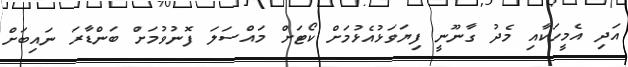
އަދި އެމީހަކާއި މެދު ގާނޫނީ ފިޔަވަޅުއެޅުމަށް ކޯޓަށް މައްސަލަ ފޮނުވުމަށް ބަންޑާރަ ނައިބަށް